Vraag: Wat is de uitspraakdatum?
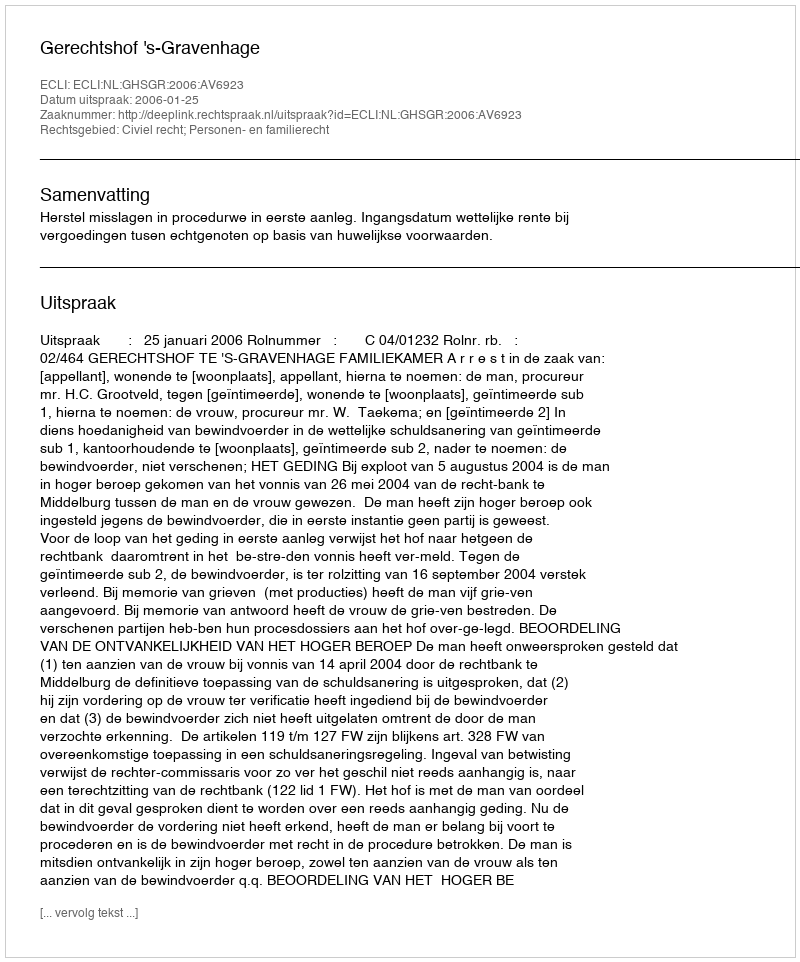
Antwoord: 2006-01-25